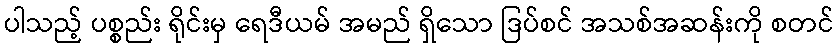
ပါသည့် ပစ္စည်း ရိုင်းမှ ရေဒီယမ် အမည် ရှိသော ဒြပ်စင် အသစ်အဆန်းကို စတင်